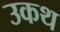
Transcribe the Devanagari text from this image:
उकथ